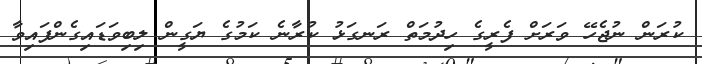
ކުރަން ނުޖެހޭ ވަރަށް ފެރީގެ ހިދުމަތް ރަނގަޅު ކުރާނެ ކަމުގެ ޔަގީން ލިބިވަޑައިގެންފައިވާ